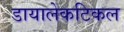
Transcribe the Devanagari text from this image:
डायालेकटिकल